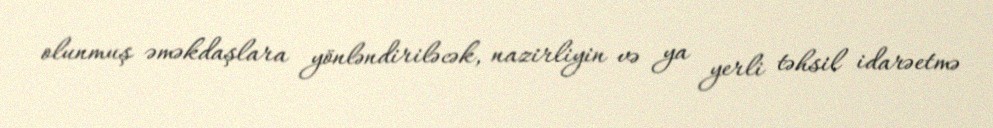
olunmuş əməkdaşlara yönləndiriləcək, nazirliyin və ya yerli təhsil idarəetmə